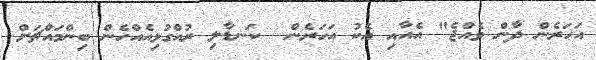
އަހަރެން ދާން ވެއްޖެ" އެއާއި އެކު އަހަރެން  ކަނޑާލި ރުއްގުޅިއެއްހެން ބިންމައްޗަށް